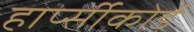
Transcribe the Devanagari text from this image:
हार्प्सीकोर्ड